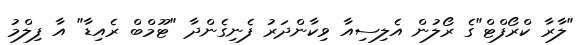
"ލާރާ ކްރޯފްޓް"ގެ ރޯލުން އެލިސިއާ ވިކާންދަރު ފެނިގެންދާ "ޓޫމްބް ރެއިޑާ" އާ ފިލްމު